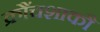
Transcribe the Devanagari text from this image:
क्रौंचशाकौ